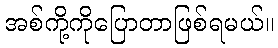
အစ်ကို့ကိုပြောတာဖြစ်ရမယ်။